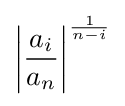
\left|{\frac {a_{i}}{a_{n}}}\right|^{\frac {1}{n-i}}